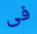
فى